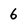
Character: 6